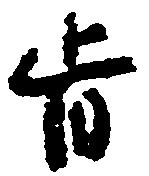
旨